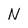
Character: N